Report on horse surra - Volume I
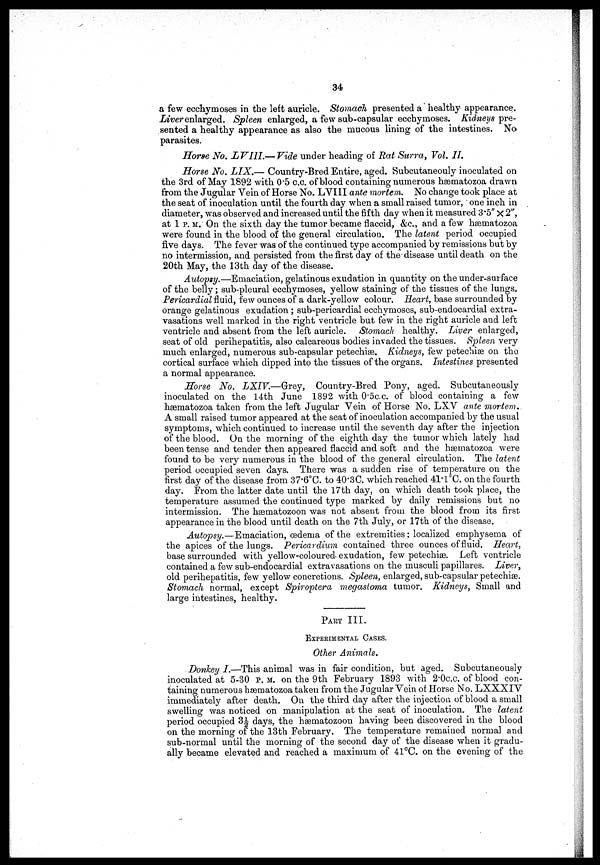
34
a few ecchymoses in the left auricle. Stomach presented a healthy appearance.
Liver enlarged. Spleen enlarged, a few sub-capsular ecchymoses. Kidneys pre-
sented a healthy appearance as also the mucous lining of the intestines. No
parasites.
Horse No. LVI1I.— Vide under heading of Rat Surra, Vol. II.
Horse No. LIX.— Country-Bred Entire, aged. Subcutaneouly inoculated on
the 3rd of May 1892 with 0.5 c.c. of blood containing numerous hæmatozoa drawn
from the Jugular Vein of Horse No. LVIII ante mortem. No change took place at
the seat of inoculation until the fourth day when a small raised tumor, one inch in
diameter, was observed and increased until the fifth day when it measured 3.5" x 2",
at 1 P.M. On the sixth day the tumor became flaccid, &c, and a few hæmatozoa
were found in the blood of the general circulation. The latent period occupied
five days. The fever was of the continued type accompanied by remissions but by
no intermission, and persisted from the first day of the disease until death on the
20th May, the 13th day of the disease.
Autopsy.—Emaciation, gelatinous exudation in quantity on the under-snrface
of the belly ; sub-pleural ecchymoses, yellow staining of the tissues of the lungs.
Pericardial fluid, few ounces of a dark-yellow colour. Heart, base surrounded by
orange gelatinous exudation ; sub-pericardial ecchymoses, sub-endocardial extra-
vasations well marked in the right ventricle but few in the right auricle and left
ventricle and absent from the left auricle. Stomach healthy. Liver enlarged,
seat of old perihepatitis, also calcareous bodies invaded the tissues. Spleen very
much enlarged, numerous sub-capsular petechias. Kidneys, few petechias on the
cortical surface which dipped into the tissues of the organs. Intestines presented
a normal appearance.
Horse No. LXIV.—Grey,
Country-Bred Pony, aged. Subcutaneously
inoculated on the 14th June 1892 with 0.5c.c. of blood containing a few
hæmatozoa taken from the left Jugular Vein of Horse No. LXV ante mortem.
A small raised tumor appeared at the seat of inoculation accompanied by the usual
symptoms, which continued to increase until the seventh clay after the injection
of the blood. On the morning of the eighth day the tumor which lately had
been tense and tender then appeared flaccid and soft and the hæmatozoa were
found to be very numerous in the blood of the general circulation. The latent
period occupied seven days. There was a sudden rise of temperature on the
first day of the disease from 37.6°C. to 40.3C. which reached 41.1°C. on the fourth
day. From the latter date until the 17th day, on which death took place, the
temperature assumed the continued type marked by daily remissions but no
intermission. The hæmatozoon was not absent from the blood from its first
appearance in the blood until death on the 7th July, or 17th of the disease.
Autopsy.—Emaciation, œdema of the extremities; localized emphysema of
the apices of the lungs. Pericardium contained three ounces of fluid. Heart,
base surrounded with yellow-coloured exudation, few petechias. Left ventricle
contained a few sub-endocardial extravasations on the musculi papillares. Liver,
old perihepatitis, few yellow concretions. Spleen, enlarged, sub-capsular petechias.
Stomach normal, except Spiroptera megastoma tumor. Kidneys, Small and
large intestines, healthy.
PART III.
EXPERIMENTAL CASES.
Other Animals.
Donkey I.—This animal was in fair condition, but aged. Subcutaneously
inoculated at 5-30 P. M. on the 9th February 1893 with 2.0c.c. of blood con-
taining numerous hæmatozoa taken from the Jugular Vein of Horse No. LXXXIV
immediately after death. On the third day after the injection of blood a small
swelling was noticed on manipulation at the seat of inoculation. The latent
period occupied 3½ days, the hæmatozoon having been discovered in the blood
on the morning of the 13th February. The temperature remained normal and
sub-normal until the morning of the second day of the disease when it gradu-
ally became elevated and reached a maximum of 41°C. on the evening of the